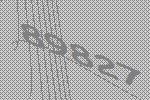
89827